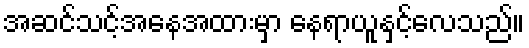
အဆင်သင့်အနေအထားမှာ နေရာယူနှင့်လေသည်။